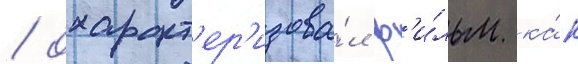
/ охаракт'ер'изова́л ф'и́льм ка́к